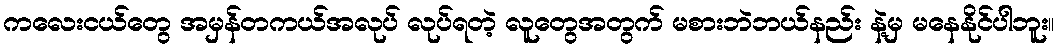
ကလေးငယ်တွေ အမှန်တကယ်အလုပ် လုပ်ရတဲ့ လူတွေအတွက် မစားဘဲဘယ်နည်း နဲ့မှ မနေနိုင်ပါဘူး။